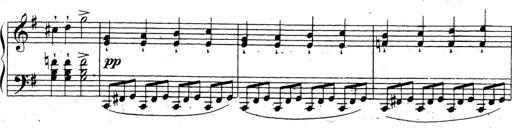
Title: 10 Sonatinas
Composer: Fritz Spindler